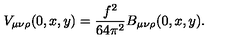
V _ { \mu \nu \rho } ( 0 , x , y ) = \frac { f ^ { 2 } } { 6 4 \pi ^ { 2 } } B _ { \mu \nu \rho } ( 0 , x , y ) .